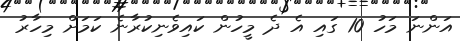
އަންނަ މަހު 10 ގައި އެ ދެ މީހުން ކައިވެނިކުރާނެ ކަމަށް މިހާރު